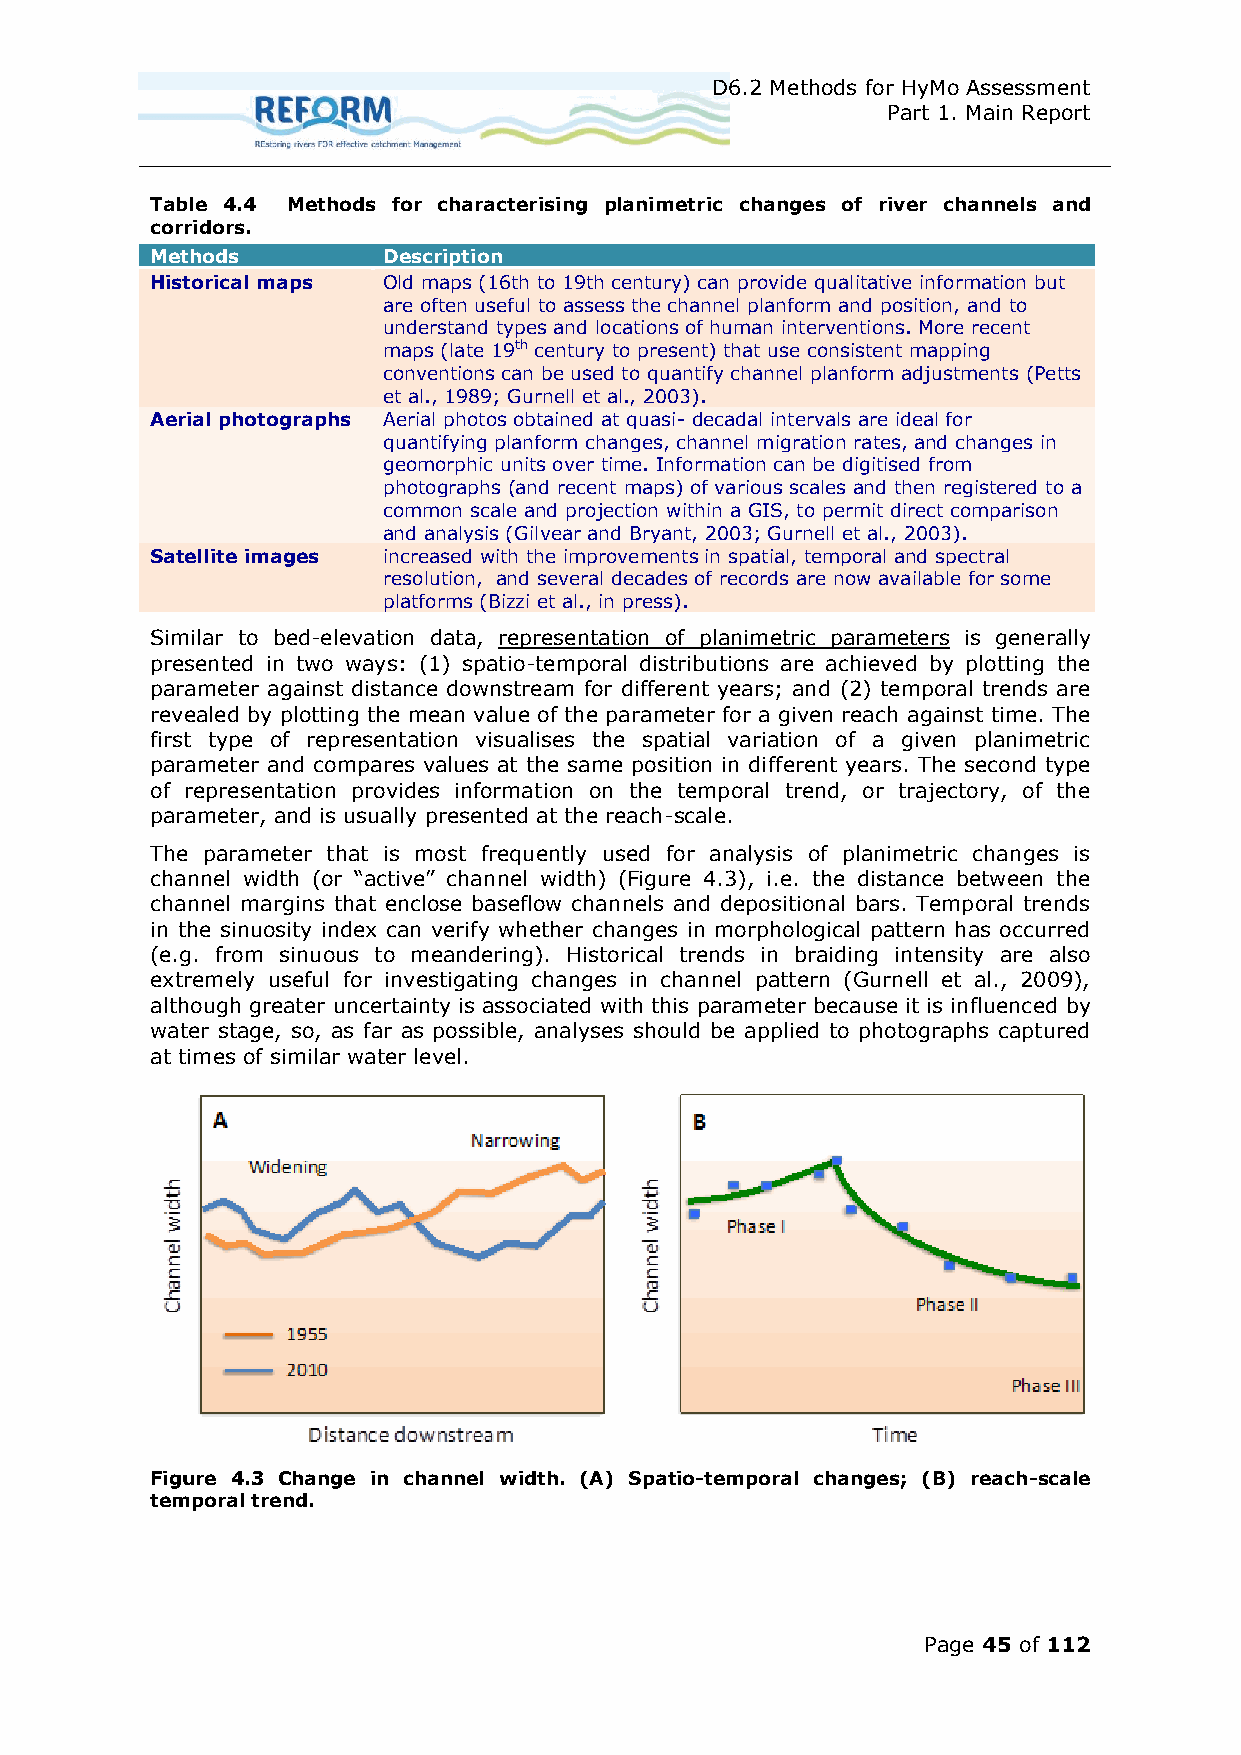
D6.2 Methods for HyMo Assessment
 Part 1. Main Report
 Table 4.4 Methods for characterising planimetric changes of river channels and
 corridors.
 Methods        Description
 Historical maps Old maps (16th to 19th century) can provide qualitative information but
 are often useful to assess the channel planform and position, and to
 understand types and locations of human interventions. More recent
 maps (late 19th century to present) that use consistent mapping
 conventions can be used to quantify channel planform adjustments (Petts
 et al., 1989; Gurnell et al., 2003).
 Aerial photographs Aerial photos obtained at quasi- decadal intervals are ideal for
 quantifying planform changes, channel migration rates, and changes in
 geomorphic units over time. Information can be digitised from
 photographs (and recent maps) of various scales and then registered to a
 common scale and projection within a GIS, to permit direct comparison
 and analysis (Gilvear and Bryant, 2003; Gurnell et al., 2003).
 Satellite images increased with the improvements in spatial, temporal and spectral
 resolution, and several decades of records are now available for some
 platforms (Bizzi et al., in press).
 Similar to bed-elevation data, representation of planimetric parameters is generally
 presented in two ways: (1) spatio-temporal distributions are achieved by plotting the
 parameter against distance downstream for different years; and (2) temporal trends are
 revealed by plotting the mean value of the parameter for a given reach against time. The
 first type of representation visualises the spatial variation of a given planimetric
 parameter and compares values at the same position in different years. The second type
 of representation provides information on the temporal trend, or trajectory, of the
 parameter, and is usually presented at the reach-scale.
 The parameter that is most frequently used for analysis of planimetric changes is
 channel width (or “active” channel width) (Figure .3), i.e. the distance between the
 channel margins that enclose baseflow channels and depositional bars. Temporal trends
 in the sinuosity index can verify whether changes in morphological pattern has occurred
 (e.g. from sinuous to meandering). Historical trends in braiding intensity are also
 extremely useful for investigating changes in channel pattern (Gurnell et al., 2009),
 although greater uncertainty is associated with this parameter because it is influenced by
 water stage, so, as far as possible, analyses should be applied to photographs captured
 at times of similar water level.
 Figure 4.3 Change in channel width. (A) Spatio-temporal changes; (B) reach-scale
 temporal trend.
 Page 45 of 112